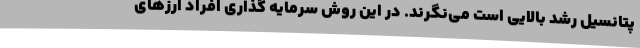
پتانسیل رشد بالایی است می‌نگرند. در این روش سرمایه گذاری افراد ارزهای